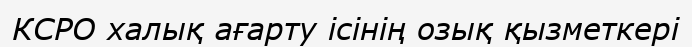
КСРО халық ағарту ісінің озық қызметкері